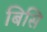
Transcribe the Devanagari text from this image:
बिसि